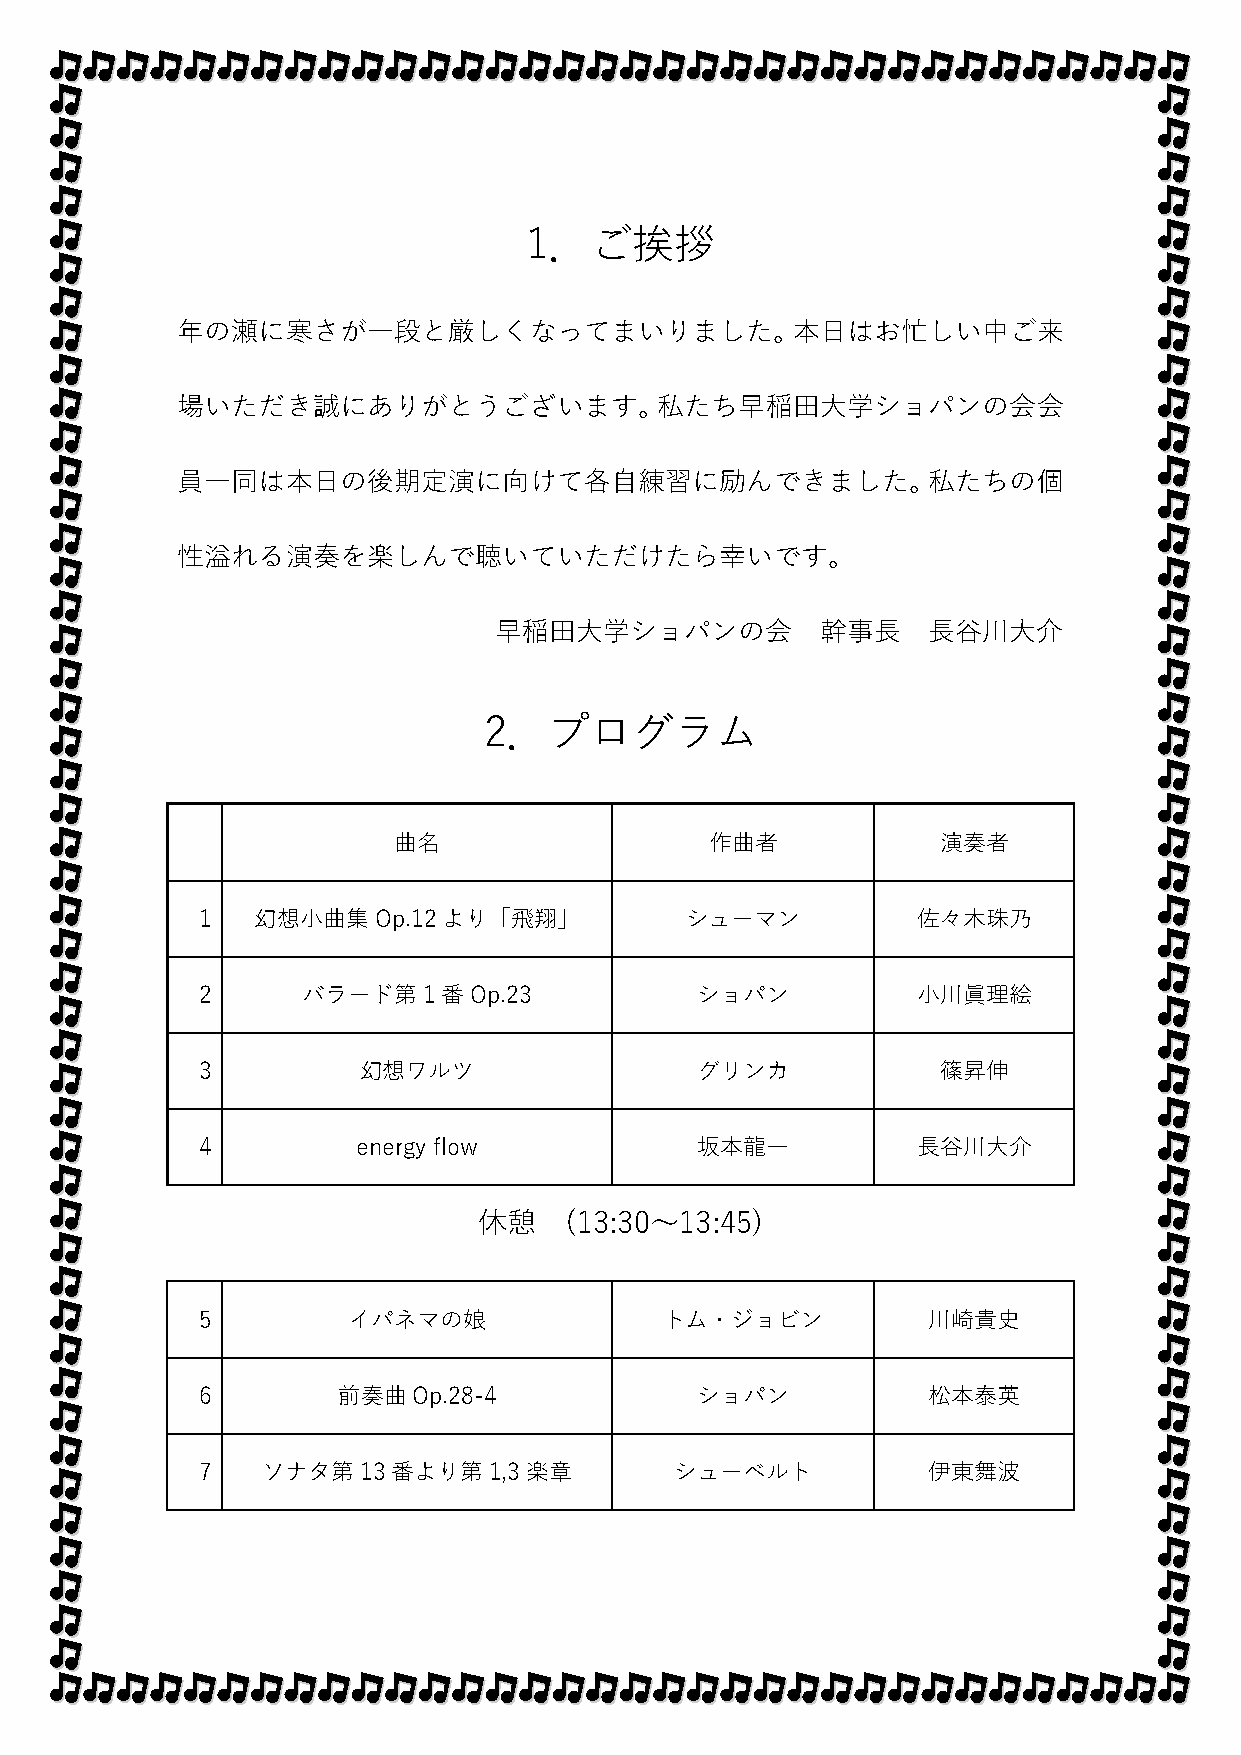
1．ご挨拶
 年の瀬に寒さが一段と厳しくなってまいりました。本日はお忙しい中ご来
 場いただき誠にありがとうございます。私たち早稲田大学ショパンの会会
 員一同は本日の後期定演に向けて各自練習に励んできました。私たちの個
 性溢れる演奏を楽しんで聴いていただけたら幸いです。
 早稲田大学ショパンの会          幹事長    長谷川大介
 2．プログラム
 曲名                   作曲者            演奏者
 1   幻想小曲集Op.12より「飛翔」            シューマン           佐々木珠乃
 2      バラード第1番Op.23              ショパン           小川眞理絵
 3          幻想ワルツ                 グリンカ            篠昇伸
 4          energy flow           坂本龍一           長谷川大介
 休憩   (13:30～13:45)
 5         イパネマの娘               トム・ジョビン          川崎貴史
 6        前奏曲Op.28-4              ショパン           松本泰英
 7   ソナタ第13番より第1,3楽章             シューベルト          伊東舞波